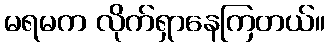
မရမက လိုက်ရှာနေကြတယ်။